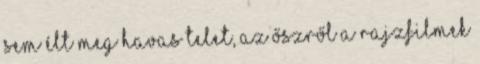
sem élt meg havas telet, az őszről a rajzfilmek